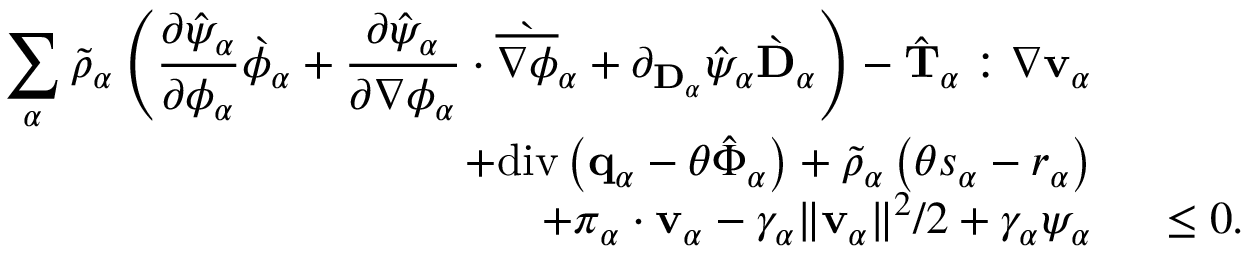
\begin{array} { r l } { \displaystyle \sum _ { \alpha } \tilde { \rho } _ { \alpha } \left( \frac { \partial \hat { \psi } _ { \alpha } } { \partial \phi _ { \alpha } } \grave { \phi } _ { \alpha } + \frac { \partial \hat { \psi } _ { \alpha } } { \partial \nabla \phi _ { \alpha } } \cdot \grave { \overline { { \nabla \phi } } } _ { \alpha } + \partial _ { \mathbf { D } _ { \alpha } } \hat { \psi } _ { \alpha } \grave { \mathbf { D } } _ { \alpha } \right) - \hat { \mathbf { T } } _ { \alpha } : \nabla \mathbf { v } _ { \alpha } } & { { } } \\ { + \mathrm { d i v } \left( \mathbf { q } _ { \alpha } - \theta \hat { \boldsymbol { \Phi } } _ { \alpha } \right) + \tilde { \rho } _ { \alpha } \left( \theta s _ { \alpha } - r _ { \alpha } \right) } & { { } } \\ { + \boldsymbol { \pi } _ { \alpha } \cdot \mathbf { v } _ { \alpha } - \gamma _ { \alpha } \| \mathbf { v } _ { \alpha } \| ^ { 2 } / 2 + \gamma _ { \alpha } \psi _ { \alpha } } & { { } ~ \leq 0 . } \end{array}